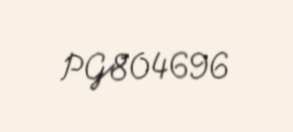
PG804696